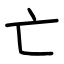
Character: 亡